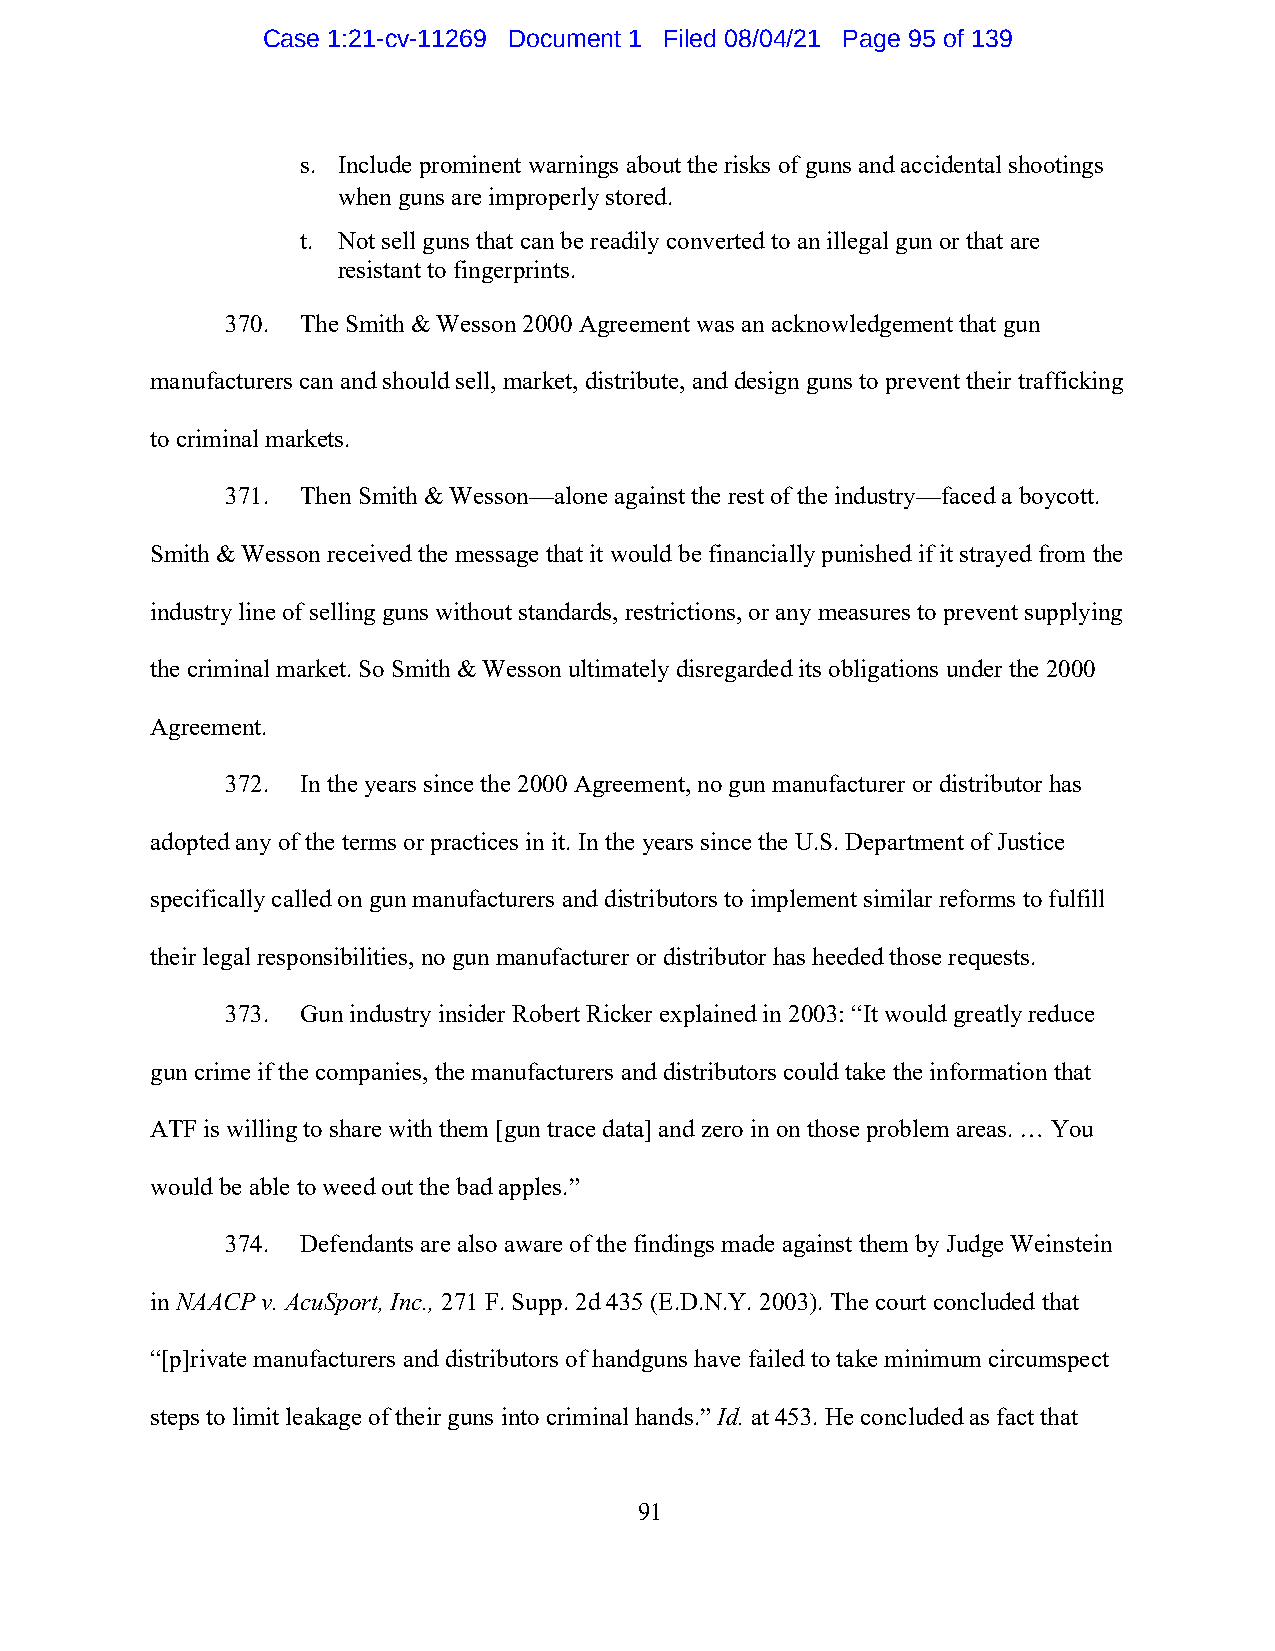
Case 1:21-cv-11269 Document 1 Filed 08/04/21 Page 95 of 139
 s. Include prominent warnings about the risks of guns and accidental shootings
 when guns are improperly stored.
 t. Not sell guns that can be readily converted to an illegal gun or that are
 resistant to fingerprints.
 370. The Smith & Wesson 2000 Agreement was an acknowledgement that gun
 manufacturers can and should sell, market, distribute, and design guns to prevent their trafficking
 to criminal markets.
 371. Then Smith & Wesson—alone against the rest of the industry—faced a boycott.
 Smith & Wesson received the message that it would be financially punished if it strayed from the
 industry line of selling guns without standards, restrictions, or any measures to prevent supplying
 the criminal market. So Smith & Wesson ultimately disregarded its obligations under the 2000
 Agreement.
 372. In the years since the 2000 Agreement, no gun manufacturer or distributor has
 adopted any of the terms or practices in it. In the years since the U.S. Department of Justice
 specifically called on gun manufacturers and distributors to implement similar reforms to fulfill
 their legal responsibilities, no gun manufacturer or distributor has heeded those requests.
 373. Gun industry insider Robert Ricker explained in 2003: “It would greatly reduce
 gun crime if the companies, the manufacturers and distributors could take the information that
 ATF is willing to share with them [gun trace data] and zero in on those problem areas. … You
 would be able to weed out the bad apples.”
 374. Defendants are also aware of the findings made against them by Judge Weinstein
 in NAACP v. AcuSport, Inc., 271 F. Supp. 2d 435 (E.D.N.Y. 2003). The court concluded that
 “[p]rivate manufacturers and distributors of handguns have failed to take minimum circumspect
 steps to limit leakage of their guns into criminal hands.” Id. at 453. He concluded as fact that
 91